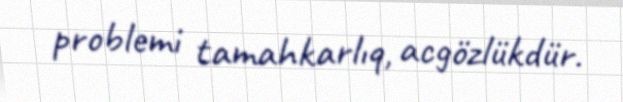
problemi tamahkarlıq, acgözlükdür.